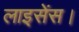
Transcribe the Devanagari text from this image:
लाइसेंस।